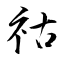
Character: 祜